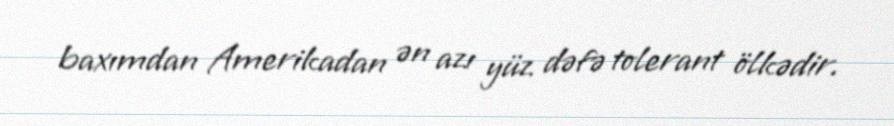
baxımdan Amerikadan ən azı yüz dəfə tolerant ölkədir.